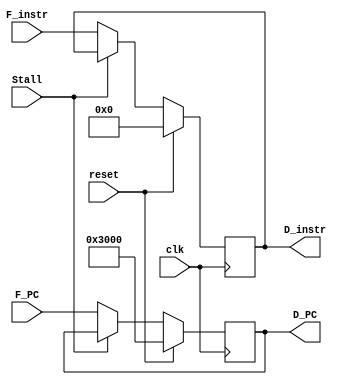
`timescale 1ns / 1ps
//////////////////////////////////////////////////////////////////////////////////
// Company: 
// Engineer: 
// 
// Design Name: 
// Module Name:    D_REG 
// Project Name: 
// Target Devices: 
// Tool versions: 
// Description: 
//
// Dependencies: 
//
// Revision: 
// Revision 0.01 - File Created
// Additional Comments: 
//
//////////////////////////////////////////////////////////////////////////////////
module D_REG(
	 input clk,
	 input reset,
	 input Stall,
    input [31:0] F_PC,
    input [31:0] F_instr,
    output reg [31:0] D_PC,
    output reg [31:0] D_instr
    );
	 initial begin
		D_PC = 32'h00003000;
		D_instr = 32'h00000000;
	 end
	 always@(posedge clk) begin
		if (reset) begin
			D_PC <= 32'h00003000;
			D_instr <= 32'h00000000;
		end
		else begin
			if (Stall != 1'b1) begin
				D_PC <= F_PC;
				D_instr <= F_instr;
			end
			else begin
			end
		end
	 end
	

endmodule